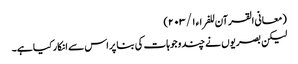
(معانی القرآن للفراء ١/ ٢٠٣)
لیکن بصریوں نے چند وجوہات کی بنا پر اس سے انکار کیا ہے۔